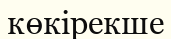
көкірекше